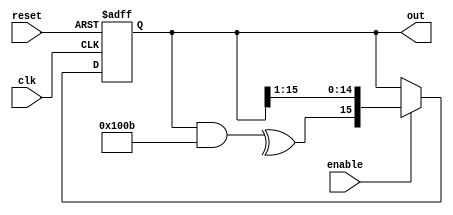
`timescale 1ns / 1ps

module lfsr_fibonacci #(
    parameter WIDTH  = 16,
              TAPS   = 16'b1000000001011,
              INVERT = 0
             )
(
    input                    clk,
    input                    reset,
    input                    enable,
    output reg [WIDTH - 1:0] out
);
    wire feedback = (^(out & TAPS)) ^ INVERT;
    
    always @(posedge clk or posedge reset)
        if (reset) 
            out <= { { WIDTH - 1 { 1'b0 } }, 1'b1 };
        else if (enable) 
            out <= { feedback, out [WIDTH - 1:1] };
            
endmodule